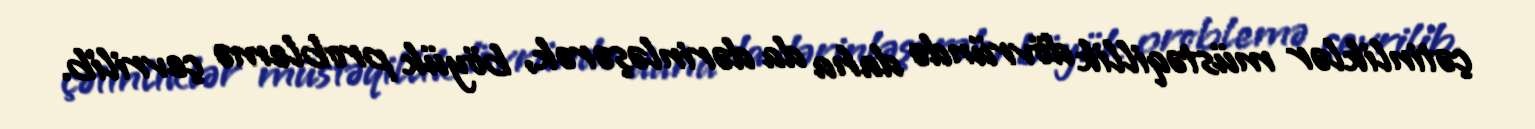
çətinliklər müstəqillik dövründə daha da dərinləşərək, böyük problemə çevrilib.